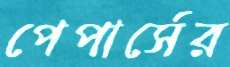
পেপার্সের